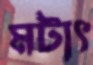
মটাৎ